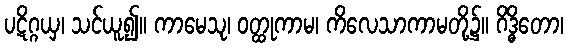
ပဋိဂ္ဂယှ၊ သင်ယူ၍။ ကာမေသု၊ ဝတ္ထုကာမ၊ ကိလေသာကာမတို့၌။ ဂိဒ္ဓိတော၊